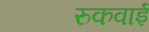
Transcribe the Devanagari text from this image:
रुकवाई